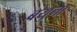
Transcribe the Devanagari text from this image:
बयुना